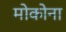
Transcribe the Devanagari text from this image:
मोकोना